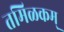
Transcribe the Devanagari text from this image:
तमिळकम्‌